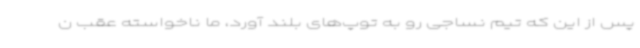
پس از این که تیم نساجی رو به توپ‌های بلند آورد، ما ناخواسته عقب ن